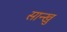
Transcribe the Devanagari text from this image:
सान्खु